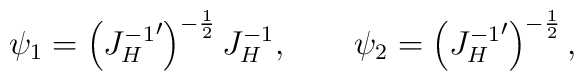
\psi_1=\left({J_H^{-1}}'\right)^{-{1\over 2}}J_H^{-1},\qquad\psi_2=\left({J_H^{-1}}'\right)^{-{1\over 2}},